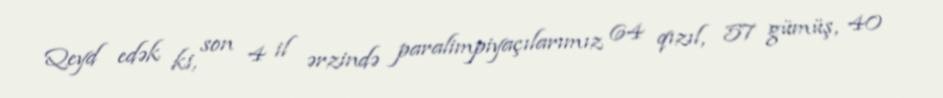
Qeyd edək ki, son 4 il ərzində paralimpiyaçılarımız 64 qızıl, 57 gümüş, 40